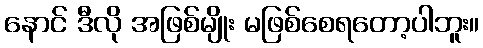
နောင် ဒီလို အဖြစ်မျိုး မဖြစ်စေရတော့ပါဘူး။